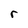
Character: r